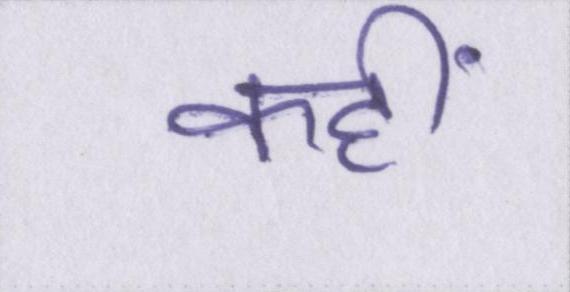
कहीं